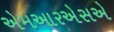
એમઆરએસએ